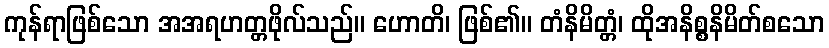
ကုန်ရာဖြစ်သော အအရဟတ္တဖိုလ်သည်။ ဟောတိ၊ ဖြစ်၏။ တံနိမိတ္တံ၊ ထိုအနိစ္စနိမိတ်စသော